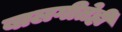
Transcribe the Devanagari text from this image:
बालगीतेही